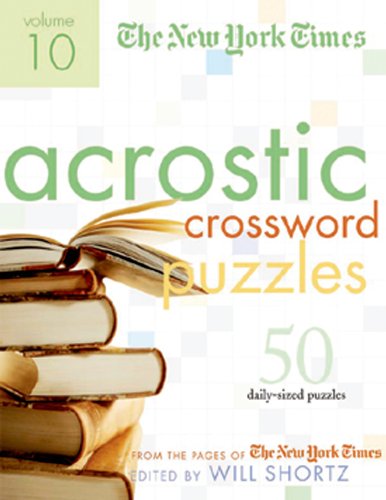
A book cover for The New York Times Acrostic Puzzles Volume 10: 50 Engaging Acrostics from the Pages of The New York Times; The New York Times; Humor & Entertainment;